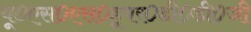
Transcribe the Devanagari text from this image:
यू०एस०एस०हूपर०डी०डी०जी